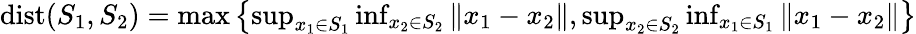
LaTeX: \begin{array}{r}{\mathrm{dist}(S_{1},S_{2})=\operatorname*{max}\left\{ \operatorname*{sup}_{x_{1}\in S_{1}}\operatorname*{inf}_{x_{2}\in S_{2}}\Vert x_{1}-x_{2}\Vert,\operatorname*{sup}_{x_{2}\in S_{2}}\operatorname*{inf}_{x_{1}\in S_{1}}\Vert x_{1}-x_{2}\Vert\right\} }\end{array}